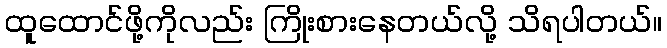
ထူထောင်ဖို့ကိုလည်း ကြိုးစားနေတယ်လို့ သိရပါတယ်။